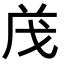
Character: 𭟱